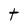
Character: t